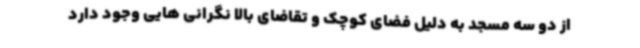
از دو سه مسجد به دلیل فضای کوچک و تقاضای بالا نگرانی هایی وجود دارد